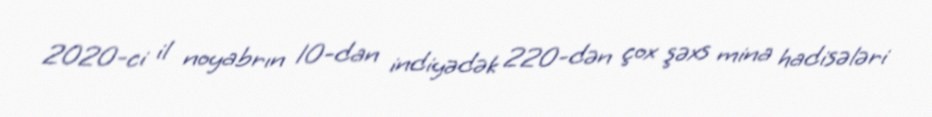
2020-ci il noyabrın 10-dan indiyədək 220-dən çox şəxs mina hadisələri